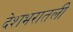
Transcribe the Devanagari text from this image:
देशभरातली